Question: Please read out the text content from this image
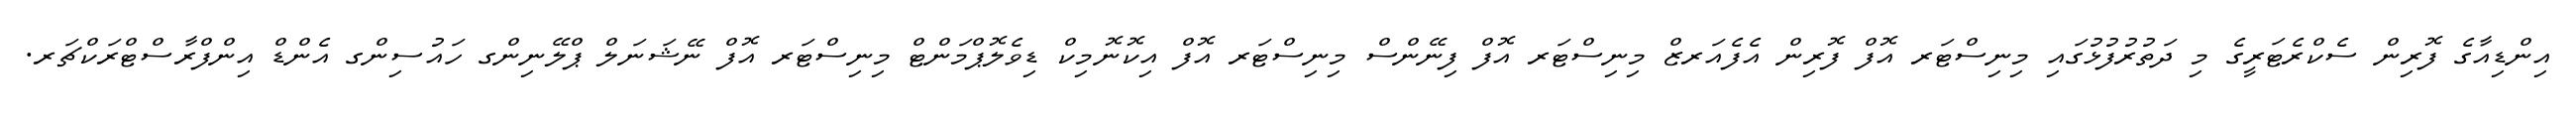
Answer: އިންޑިއާގެ ފޮރިން ސެކްރެޓަރީގެ މި ދަތުރުފުޅުގައި މިނިސްޓަރ އޮފް ފޮރިން އެފެއަރޒް މިނިސްޓަރ އޮފް ފިނޭންސް މިނިސްޓަރ އޮފް އިކޮނޮމިކް ޑިވެލޮޕްމަންޓް މިނިސްޓަރ އޮފް ނޭޝަނަލް ޕްލޭނިންގ ހައުސިންގ އެންޑް އިންފްރާސްޓްރަކްޗަރ.